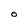
Character: O